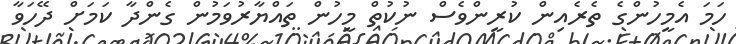
ހަމަ އެމީހުންގެ ތެރެއިން ކުރީންވެސް ނުކުތް މީހުން ތައްޔާރުވަމުން ގެންދާ ކަމަށް ދޭހަވާ